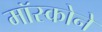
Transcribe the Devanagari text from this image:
मॉस्कोने